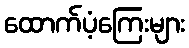
ထောက်ပံ့ကြေးများ